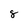
Character: 8